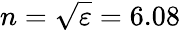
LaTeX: n=\sqrt{\varepsilon}=6.08